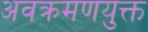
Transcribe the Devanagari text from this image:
अवक्रमणयुक्त